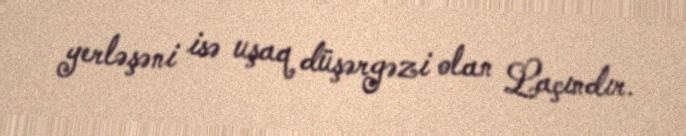
yerləşəni isə uşaq düşərgəzi olan Laçındır.